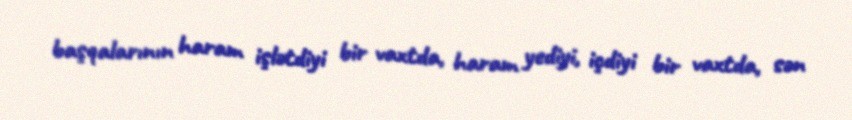
başqalarının haram işlətdiyi bir vaxtda, haram yediyi, içdiyi bir vaxtda, sən